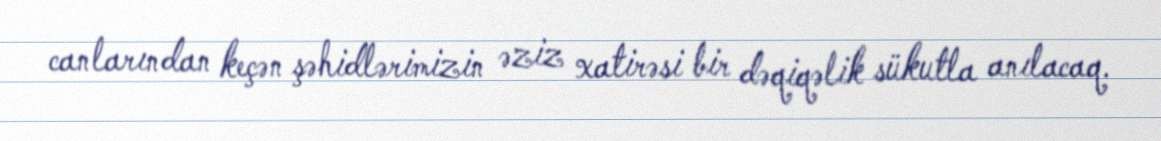
canlarından keçən şəhidlərimizin əziz xatirəsi bir dəqiqəlik sükutla anılacaq.